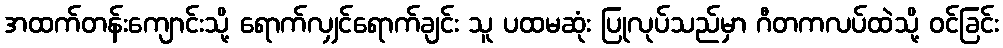
အထက်တန်းကျောင်းသို့ ရောက်လျှင်ရောက်ချင်း သူ ပထမဆုံး ပြုလုပ်သည်မှာ ဂီတကလပ်ထဲသို့ ဝင်ခြင်း